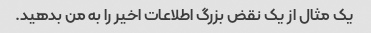
یک مثال از یک نقض بزرگ اطلاعات اخیر را به من بدهید.